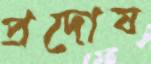
প্রদোষ